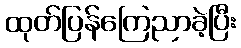
ထုတ်ပြန်ကြေညာခဲ့ပြီး